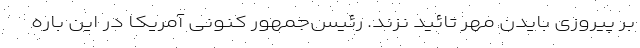
بر پیروزی بایدن مُهر تائید نزند. رئیس‌جمهور کنونی آمریکا در این باره